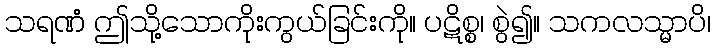
သရဏံ ဤသို့သောကိုးကွယ်ခြင်းကို။ ပဋိစ္စ၊ စွဲ၍။ သကလသ္မာပိ၊